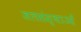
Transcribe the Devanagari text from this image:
जलसंस्थाओं